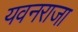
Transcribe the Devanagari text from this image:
यवनराजा